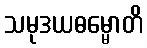
သမုဒယဓမ္မောတိ